Vaccine operations Central Provinces 1886-1899 - 1886-1899
Year: 1886
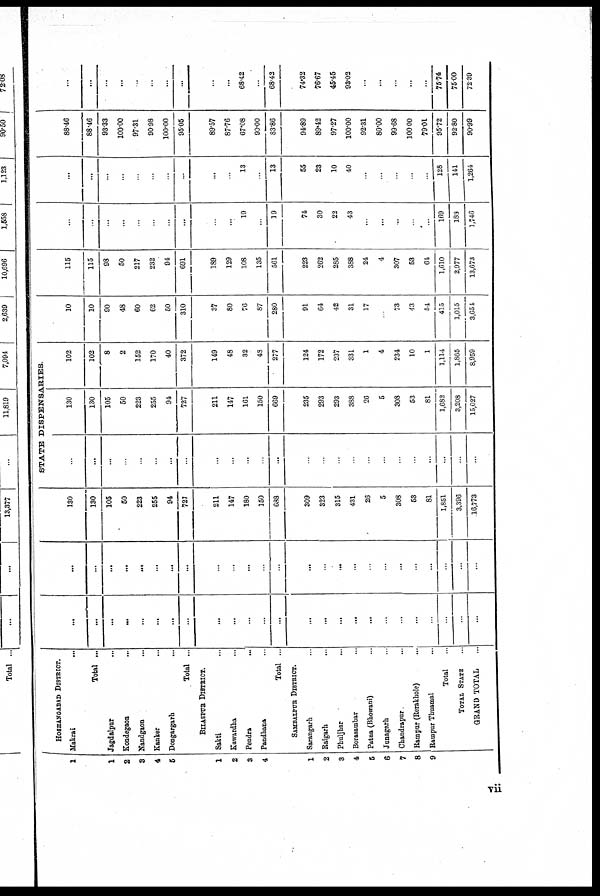
1
1
2
3
4
6
1
2
3
4
1
2
3
4
5
6
7
8
9
HOSHANGABAD DISTRICT.
Makrai
...
Total ...
Jagdalpur ...
Kondegaon ...
Nandgaon ...
Kanker ...
Dongargarh
...
Total ...
BILASPUR DISTRICT.
Sakti ...
Kawardha ...
Pendra
...
Pandhana ...
Total ...
SAMBAMPUR DISTRICT.
Sarangarh ...
Raigarh ...
Phuljhar
...
Borasambar ...
Patna (Bhowani) ...
Junagarh ...
Chandrapur ...
Rampur (Rerakhole) ...
Rampur Thuamal ...
Total ...
TOTAL STATE ...
GRAND TOTAL ...
...
...
...
...
...
...
...
...
...
...
...
...
...
...
...
...
...
...
...
...
...
...
...
...
...
...
...
...
...
...
...
...
...
...
...
...
...
...
...
...
...
...
...
...
...
...
...
...
...
...
130
130
105
50
223
255
94
727
211
147
180
150
688
309
323
315
431
26
5
308
53
81
1,851
3,396
16,773
STATE DISPENSARIES.
...
...
...
...
...
...
...
...
...
...
...
...
...
...
...
...
...
...
...
...
...
...
...
...
...
130
130
105
50
223
255
94
727
211
147
161
150
669
235
293
293
388
26
5
308
53
81
1,682
3,208
15,027
102
102
8
2
152
170
40
372
149
48
32
48
277
124
172
237
331
1
4
234
10
1
1,114
1,865
8,959
10
10
90
48
60
62
50
310
37
80
76
87
280
91
64
42
31
17
...
73
43
54
415
1,015
3,654
115
115
98
50
217
232
94
691
189
129
108
135
561
223
262
285
388
24
4
307
53
64
1,610
2,977
13,673
...
...
...
...
...
...
...
...
...
...
19
...
19
74
30
22
43
...
...
...
...
...
169
188
1,746
...
...
...
...
...
...
...
...
...
...
13
...
13
55
23
10
40
...
...
...
...
...
128
141
1,264
88.46
88.46
93.33
100.00
97.31
90.98
100.00
95.05
89.57
87.76
67.08
90.00
83.86
94.89
89.42
97.27
100.00
92.31
80.00
99.68
100.00
79.01
95.72
92.80
90.99
...
...
...
...
...
...
...
...
...
...
68.42
...
68.42
74.32
76.67
45.45
93.02
...
...
...
...
...
75.74
75.00
72.39
vii